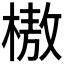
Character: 𰘗